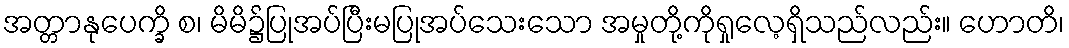
အတ္တာနုပေက္ခိ စ၊ မိမိ၌ပြုအပ်ပြီးမပြုအပ်သေးသော အမှုတို့ကိုရှုလေ့ရှိသည်လည်း။ ဟောတိ၊